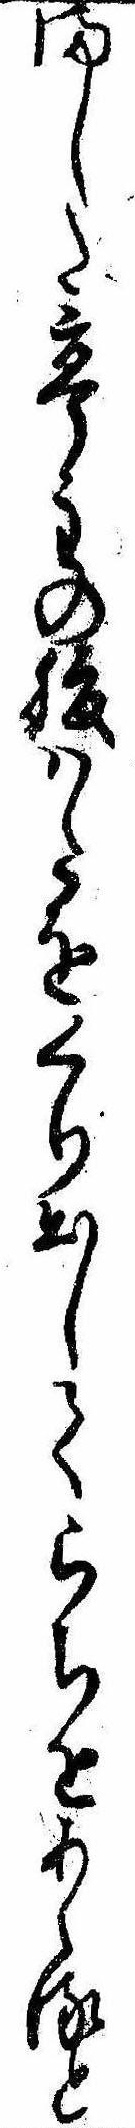
ました亭主の腹はたをくり出してらちをあくると